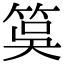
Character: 筽